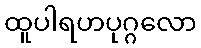
ထူပါရဟပုဂ္ဂလော